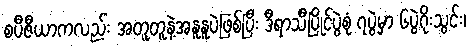
စပီဇီယာကလည်း အတူတူနဲ့အနူနူပဲဖြစ်ပြီး ဒီရာသီပြိုင်ပွဲစုံ ၇ပွဲမှာ ၆ပွဲဂိုးသွင်း၊